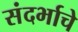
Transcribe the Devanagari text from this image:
संदर्भाचे